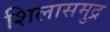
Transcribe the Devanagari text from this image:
शिलासमुद्र